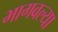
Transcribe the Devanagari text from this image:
भागवल्या